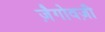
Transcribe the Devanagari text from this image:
ज़ैगोवज़ी